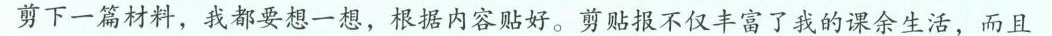
剪下一篇材料，我都要想一想，根据内容贴好。剪贴报不仅丰富了我的课余生活，而且